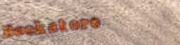
Bookstore